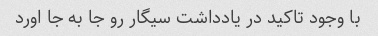
با وجود تاکید در یادداشت سیگار رو جا به جا اورد